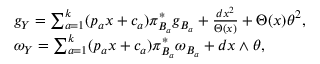
\begin{array} { r l } & { g _ { Y } = \sum _ { a = 1 } ^ { k } ( p _ { a } x + c _ { a } ) \pi _ { B _ { a } } ^ { * } g _ { B _ { a } } + \frac { d x ^ { 2 } } { \Theta ( x ) } + \Theta ( x ) \theta ^ { 2 } , } \\ & { \omega _ { Y } = \sum _ { a = 1 } ^ { k } ( p _ { a } x + c _ { a } ) \pi _ { B _ { a } } ^ { * } \omega _ { B _ { a } } + d x \wedge \theta , } \end{array}